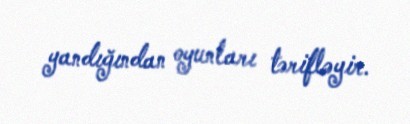
yandığından oyunları tərifləyir.